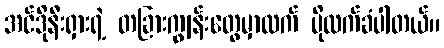
အင်ဒိုနီးရှားရဲ့ တခြားကျွန်းတွေမှာထက် ပိုလက်ခံပါတယ်။